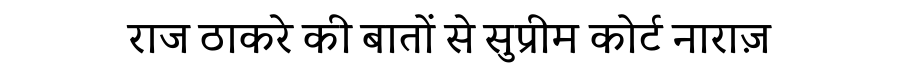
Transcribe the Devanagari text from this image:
राज ठाकरे की बातों से सुप्रीम कोर्ट नाराज़